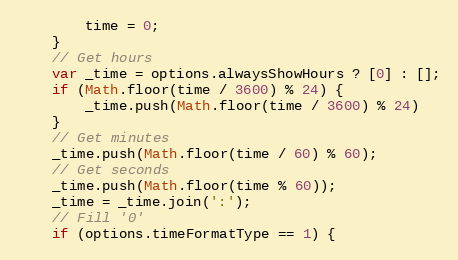
Language: JavaScript
		time = 0;
	}
	// Get hours
	var _time = options.alwaysShowHours ? [0] : [];
	if (Math.floor(time / 3600) % 24) {
		_time.push(Math.floor(time / 3600) % 24)
	}
	// Get minutes
	_time.push(Math.floor(time / 60) % 60);
	// Get seconds
	_time.push(Math.floor(time % 60));
	_time = _time.join(':');
	// Fill '0'
	if (options.timeFormatType == 1) {